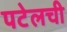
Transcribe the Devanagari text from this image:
पटेलची